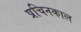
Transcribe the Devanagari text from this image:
प्रचिनकाल